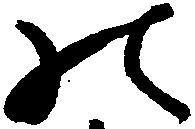
の